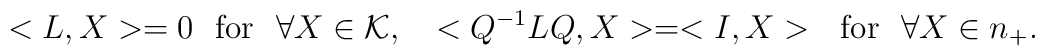
<L,X>=0~~\mbox{for}~~\forall X\in {\cal K},~~<Q^{-1}LQ,X>=<I,X>~~\mbox{for}~~\forall X\in n_+.